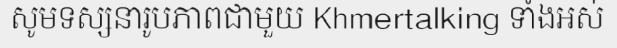
សូមទស្សនារូបភាពជាមួយ Khmertalking ទាំងអស់